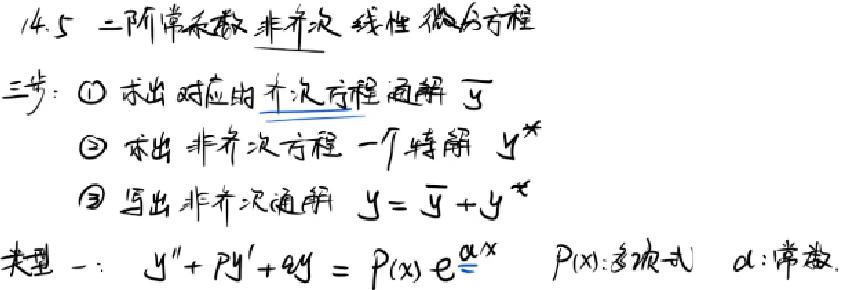
14.5 二阶常系数非齐次线性微分方程
三步：$\textcircled{1}$求出对应的齐次方程通解 $\overline{y}$
$\textcircled{2}$求出非齐次方程一个特解 $y^{*}$
$\textcircled{3}$写出非齐次通解 $y = \overline{y}+y^{*}$
类型一：$y'' + Py' + ay = P(x)e^{\alpha x}$  $P(x)$:多项式  $\alpha$:常数.